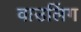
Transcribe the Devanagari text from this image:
वाउलिंग